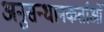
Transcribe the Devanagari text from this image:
अनुसन्धानकर्ताओं